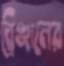
ব্রিঞ্জালের